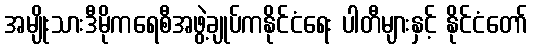
အမျိုးသားဒီမိုကရေစီအဖွဲ့ချုပ်ကနိုင်ငံရေး ပါတီများနှင့် နိုင်ငံတော်